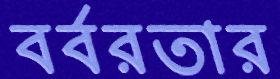
বর্বরতার